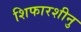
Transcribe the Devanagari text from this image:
शिफारशीनु